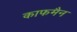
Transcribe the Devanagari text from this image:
काफमैन